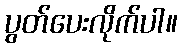
ပွတ်ပေးလိုက်ပါ။